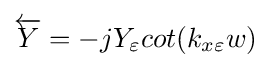
{\overleftarrow {Y}}=-jY_{\varepsilon }cot(k_{x\varepsilon }w)